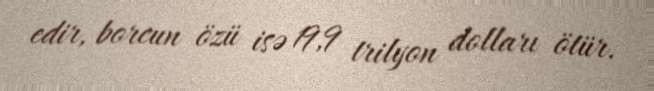
edir, borcun özü isə 19,9 trilyon dolları ötür.